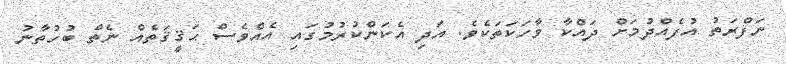
ނަފްރަތު އުފެއްދުމަށް ދައްކާ ވާހަކަތަކެވެ. އަދި އެކަންކުރުމުގައި އެއްވެސް ޙަޤީޤަތެއް ނެތް ބުހުތާނު